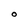
Character: O